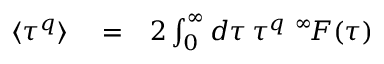
\begin{array} { r l r } { \langle \tau ^ { q } \rangle } & { { } = } & { 2 \int _ { 0 } ^ { \infty } d \tau \, \tau ^ { q } \, \, ^ { \infty } \! F ( \tau ) } \end{array}